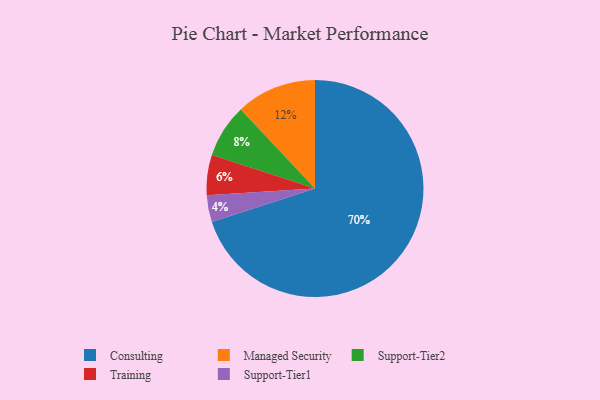
{"axis": {"x": "Category", "y": "Percentage"}, "legend": ["Consulting", "Managed Security", "Support-Tier1", "Support-Tier2", "Training"], "data": [{"x": "Support-Tier2", "y": 8, "type": "Support-Tier2"}, {"x": "Consulting", "y": 70, "type": "Consulting"}, {"x": "Training", "y": 6, "type": "Training"}, {"x": "Support-Tier1", "y": 4, "type": "Support-Tier1"}, {"x": "Managed Security", "y": 12, "type": "Managed Security"}]}